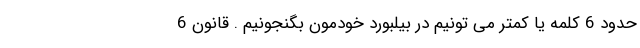
حدود 6 کلمه یا کمتر می تونیم در بیلبورد خودمون بگنجونیم . قانون 6